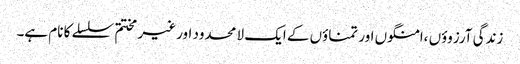
زندگی آرزوؤں ،امنگوں اور تمناؤں کے ایک لا محدود اور غیر مختتم سلسلے کا نام ہے۔